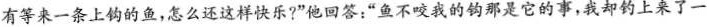
没有等来一条上钩的鱼，怎么还这样快乐?”他回答：“鱼不咬我的钩那是它的事，我却钓上来了一